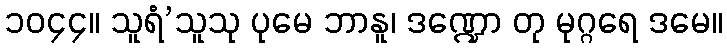
၁၀၄၄။ သူရံ’သူသု ပုမေ ဘာနူ၊ ဒဏ္ဍော တု မုဂ္ဂရေ ဒမေ။